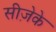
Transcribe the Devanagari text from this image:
सीज़ेके